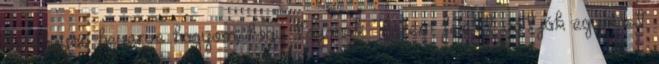
hordágyon heverve hagyom, hogy toljanak. Fejem felett váltják egymást